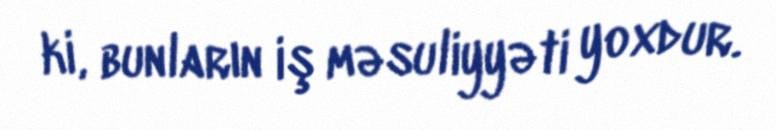
ki, bunların iş məsuliyyəti yoxdur.